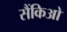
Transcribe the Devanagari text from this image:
सैंकिओ